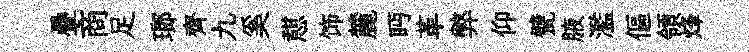
疊商足瑯齊九奚憇饰麓眄革弊仰甓腋濫傴領烽